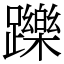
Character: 躒